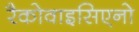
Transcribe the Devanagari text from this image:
रैकोवाइसिएनो